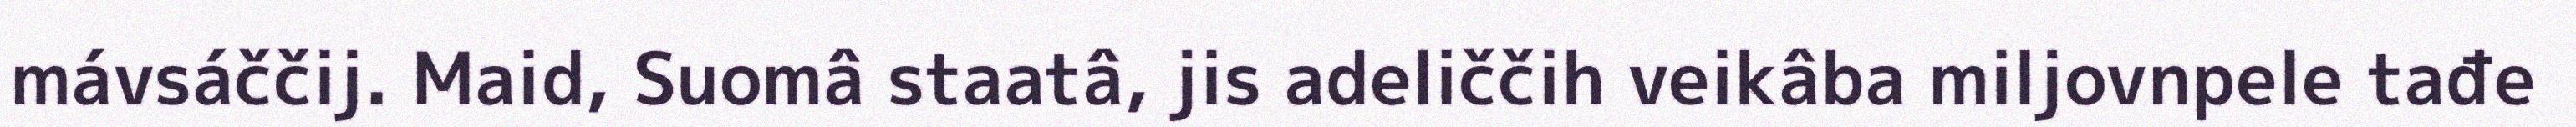
mávsáččij. Maid, Suomâ staatâ, jis adeliččih veikâba miljovnpele tađe